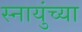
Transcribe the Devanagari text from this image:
स्नायुंच्या